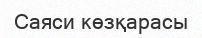
Саяси көзқарасы